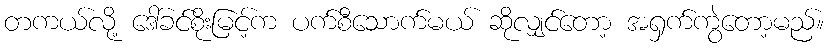
တကယ်လို့ ဒေါ်ခင်စိုးမြင့်က ပက်စီသောက်မယ် ဆိုလျှင်တော့ အရှက်ကွဲတော့မည်။